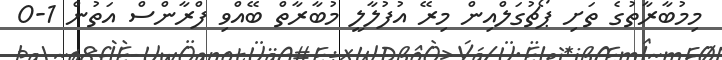
މިމުބާރާތުގެ ތަށި ޕޯޗުގަލްއިން މިރޭ އުފުލާލީ މުބާރާތް ބޭއްވި ފްރާންސް އަތުން 1-0